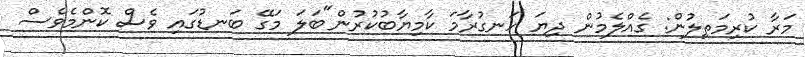
މަރާ ކުރިމަތިލުން: ގެއްލެމުން ދިޔަ ހަނގުރާމަ ކާމިޔާބުކުރުން"ބަލަ މަގޭ ބަނޑުގައި ވެސް ކޮންމެވެސް